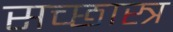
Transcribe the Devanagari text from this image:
सच्छास्त्र